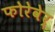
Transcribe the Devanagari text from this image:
फोरेवेर्